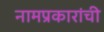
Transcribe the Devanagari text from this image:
नामप्रकारांची